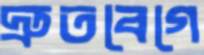
দ্রুতবেগে